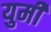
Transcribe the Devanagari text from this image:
युमी